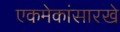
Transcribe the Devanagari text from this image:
एकमेकांसारखे